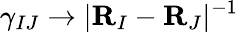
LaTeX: \gamma_{IJ}\rightarrow\vert{\mathbf R}_{I}-{\mathbf R}_{J}\vert^{-1}